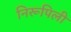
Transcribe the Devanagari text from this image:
निरूपिली